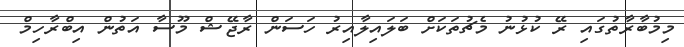
މިމުބާރާތުގައި ރޭ ކުޅުނު މެޗުތަކަށް ބަލައިލާއިރު ހަސަން ރާޖޭޝް މޫސާ އަތުން އިބްރާހިމް